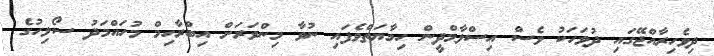
ދިވެހިރާއްޖޭގައި ދުވަހަކު ވެސް އިސްލާމްދީން ހިމާޔަތްވެފައި ނުވާ މިންވަރަށް އިބްރާހިމް މުހައްމަދު ސޯލިހުގެ